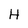
Character: H